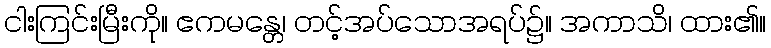
ငါးကြင်းမြီးကို။ ဧကမန္တေ၊ တင့်အပ်သောအရပ်၌။ အကာသိ၊ ထား၏။